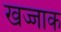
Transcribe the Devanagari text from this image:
खज्जाक